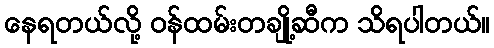
နေရတယ်လို့ ဝန်ထမ်းတချို့ဆီက သိရပါတယ်။